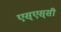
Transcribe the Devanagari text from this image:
एस्‌एस्‌सी